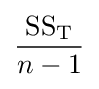
{\dfrac {{\text{SS}}_{\text{T}}}{n-1}}